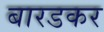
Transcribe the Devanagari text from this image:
बारडकर